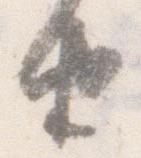
由